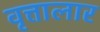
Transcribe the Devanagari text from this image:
वृत्तालार